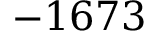
- 1 6 7 3